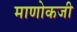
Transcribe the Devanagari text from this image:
माणोकजी